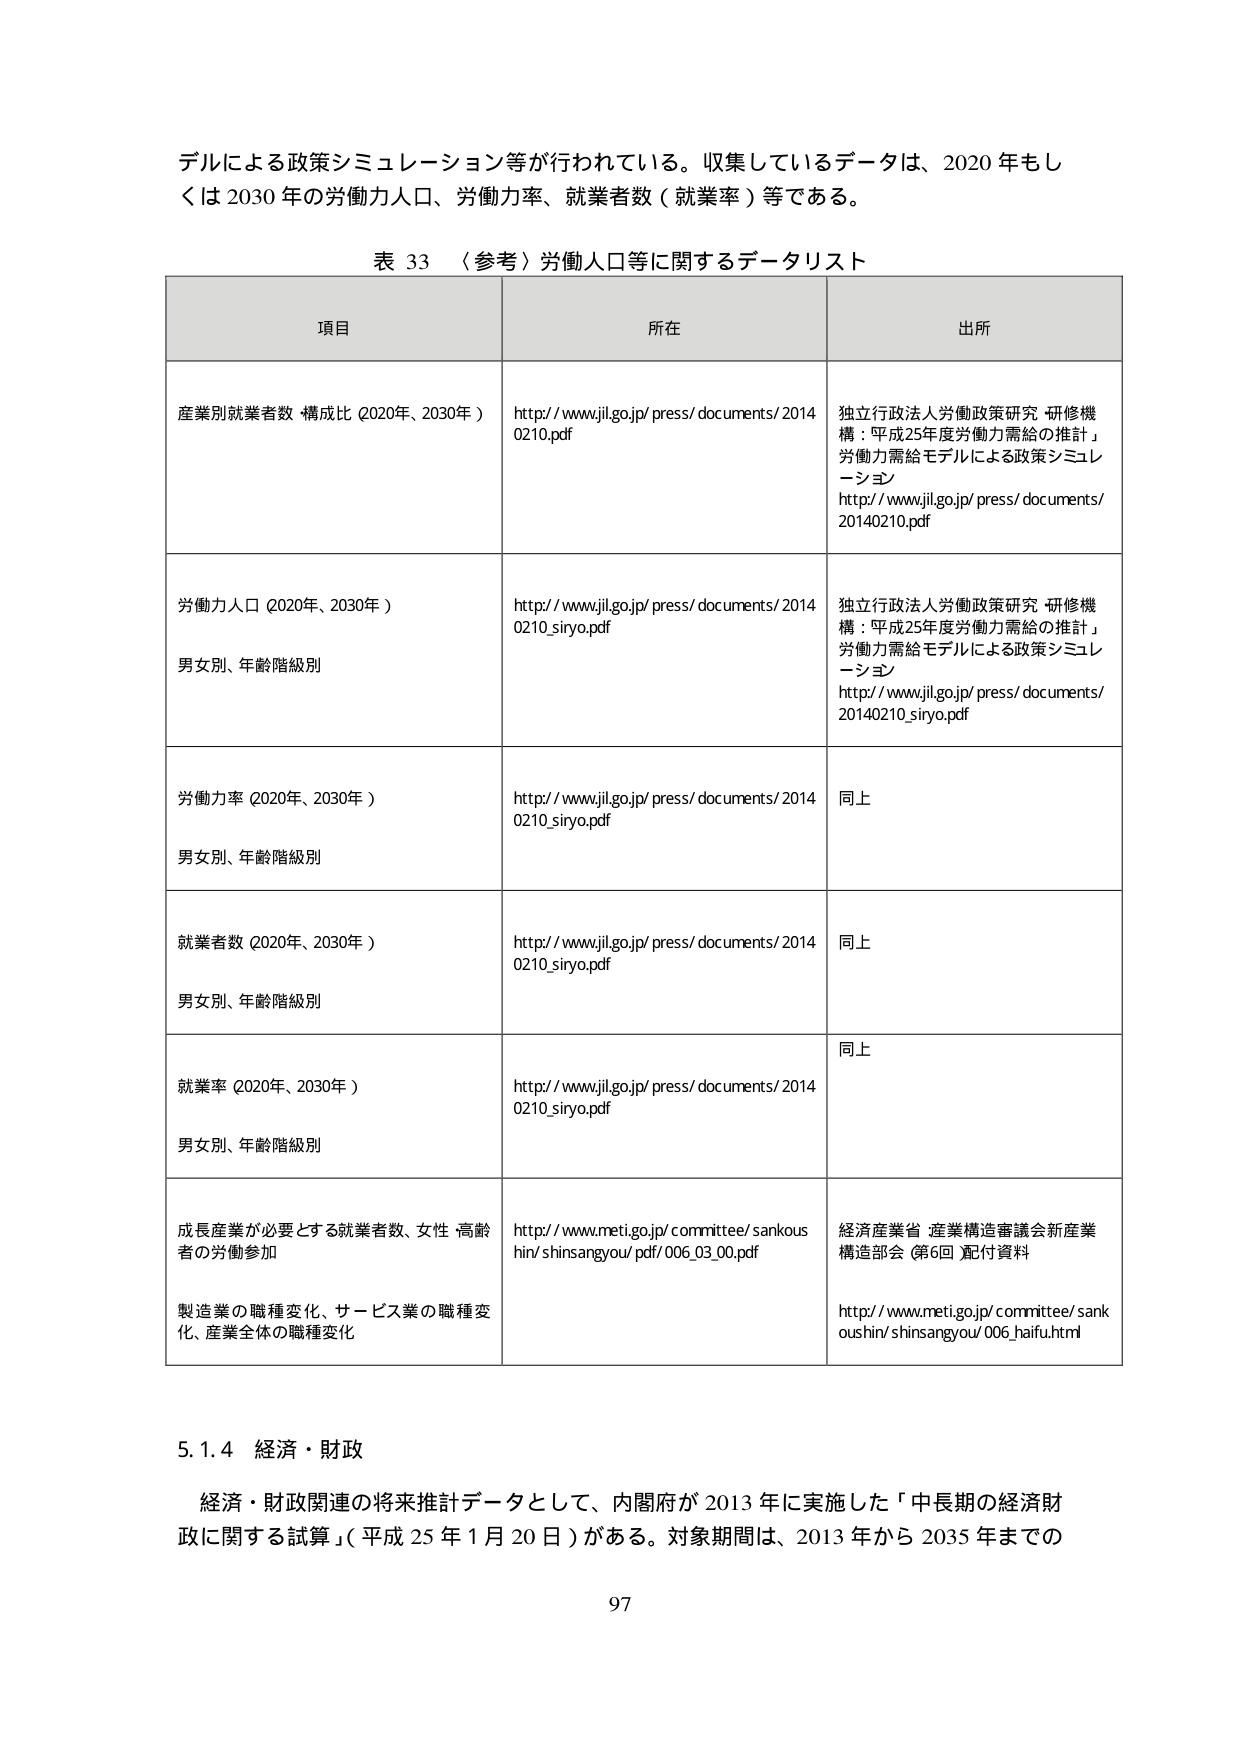
デルによる政策シミュレーション等が行われている。収集しているデータは、2020年もしくは2030年の労働力人口、労働力率、就業者数（就業率）等である。

表 33 （参考）労働人口等に関するデータリスト

項目　　　　　　　　　　　　　　　　　　　所在　　　　　　　　　　　　　　　　　　　　出所

産業別就業者数 構成比（2020年、2030年）　http://www.jil.go.jp/press/documents/2014　独立行政法人労働政策研究・研修機構：平成25年度労働力需給の推計」労働力需給モデルによる政策シミュレーション　http://www.jil.go.jp/press/documents/20140210.pdf
　　　　　　　　　　　　　　　　　　　　　0210.pdf

労働力人口（2020年、2030年）　　　　　　http://www.jil.go.jp/press/documents/2014　独立行政法人労働政策研究・研修機構：平成25年度労働力需給の推計」労働力需給モデルによる政策シミュレーション　http://www.jil.go.jp/press/documents/20140210_siryo.pdf
男女別、年齢階級別　　　　　　　　　　　　0210_siryo.pdf

労働力率（2020年、2030年）　　　　　　　http://www.jil.go.jp/press/documents/2014　同上
男女別、年齢階級別　　　　　　　　　　　　0210_siryo.pdf

就業者数（2020年、2030年）　　　　　　　http://www.jil.go.jp/press/documents/2014　同上
男女別、年齢階級別　　　　　　　　　　　　0210_siryo.pdf

就業率（2020年、2030年）　　　　　　　　http://www.jil.go.jp/press/documents/2014　同上
男女別、年齢階級別　　　　　　　　　　　　0210_siryo.pdf

成長産業が必要とする就業者数、女性・高齢者　http://www.meti.go.jp/committee/sankoushin/shinsangyou/pdf/006_03_00.pdf　経済産業省・産業構造審議会新産業構造部会（第6回）配付資料
の労働参加

製造業の職種変化、サービス業の職種変化、産業全体の職種変化　http://www.meti.go.jp/committee/sankoushin/shinsangyou/006_haifu.html

5.1.4 経済・財政

経済・財政関連の将来推計データとして、内閣府が2013年に実施した「中長期の経済財政に関する試算」（平成25年1月20日）がある。対象期間は、2013年から2035年までの

97